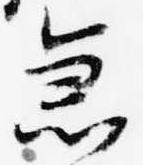
急